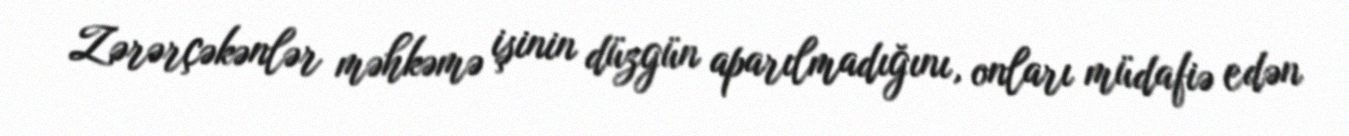
Zərərçəkənlər məhkəmə işinin düzgün aparılmadığını, onları müdafiə edən